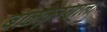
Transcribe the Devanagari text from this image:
बाळकृष्णाला